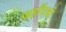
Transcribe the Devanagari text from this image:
जहाँमध्ये